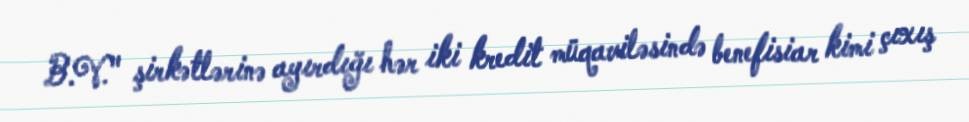
B.V." şirkətlərinə ayırdığı hər iki kredit müqaviləsində benefisiar kimi çıxış